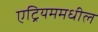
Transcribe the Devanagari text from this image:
एट्रियममधील